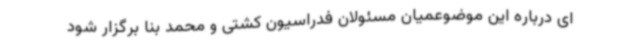
ای درباره این موضوعمیان مسئولان فدراسیون کشتی و محمد بنا برگزار شود